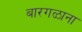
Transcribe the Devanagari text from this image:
बारगळाना